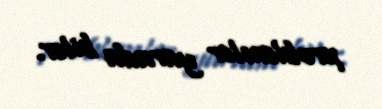
problemlər yarada bilər.